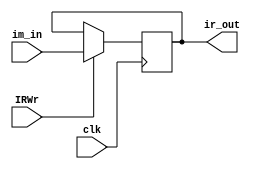
module IR_module(clk, im_in, IRWr, ir_out);
    input clk, IRWr;
    input [31:0]im_in;
    output [31:0]ir_out;
    reg [31:0]ir_out;
    
    always @ (posedge clk)
    if(IRWr)
      ir_out <= im_in;
    else ir_out <= ir_out;
endmodule